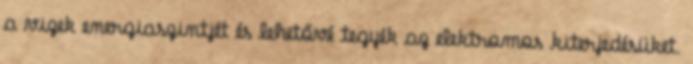
a vizek energiaszintjét és lehetővé tegyék az elektromos kiterjedésüket.